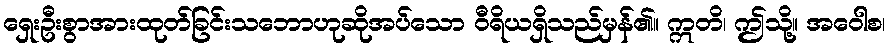
ရှေးဦးစွာအားထုတ်ခြင်းသဘောဟုဆိုအပ်သော ဝီရိယရှိသည်မှန်၏။ ဣတိ၊ ဤသို့။ အဝေါစ၊